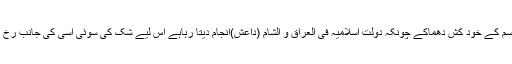
لیکن اس قسم کے خود کش دھماکے چونکہ دولت اسلامیہ فی العراق و الشام (داعش)انجام دیتا رہاہے اس لیے شک کی سوئی اسی کی جانب رخ کرتی ہے۔